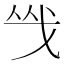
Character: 㦰